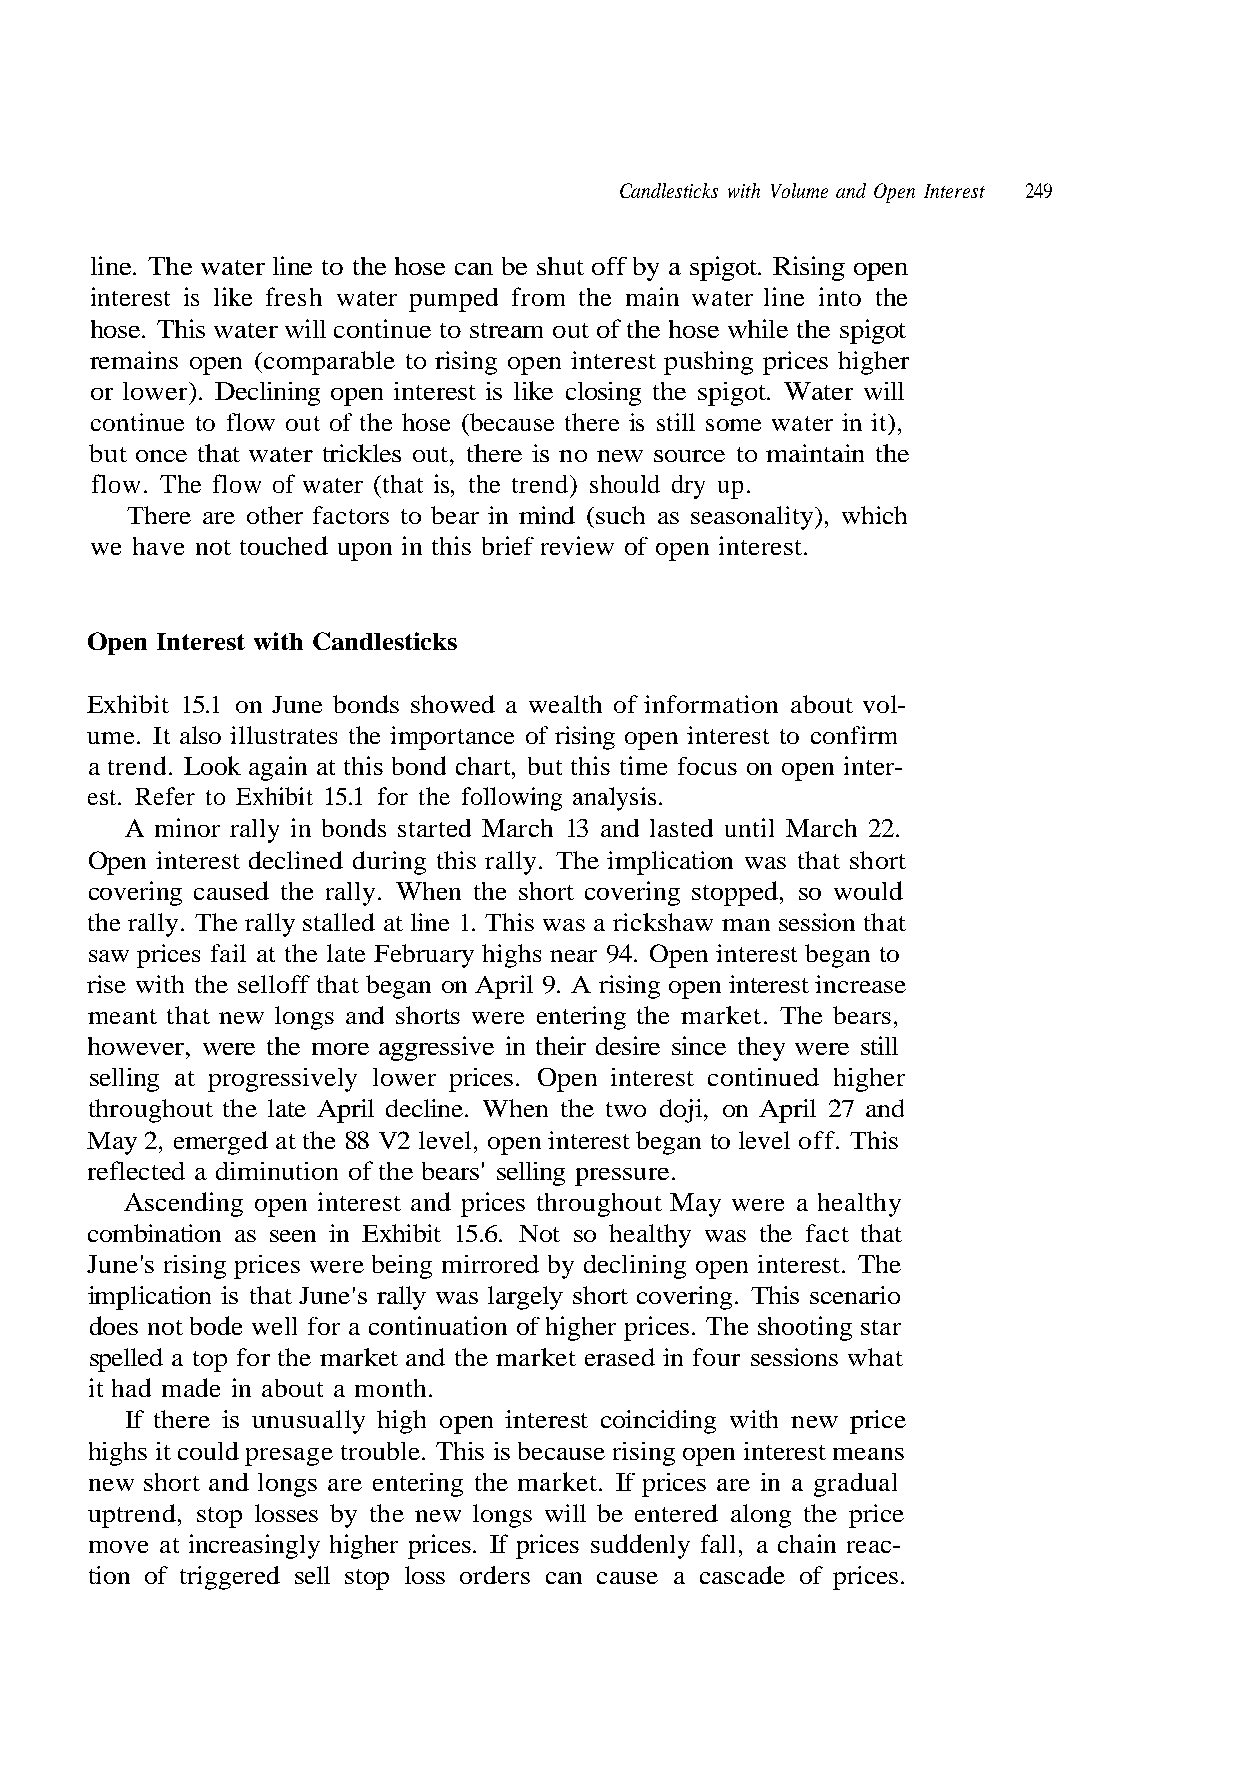
Candlesticks with Volume and Open Interest 249
 remains open (comparable to rising open interest pushing prices higher
 or lower). Declining open interest is like closing the spigot. Water will
 continue to flow out of the hose (because there is still some water in it),
 but once that water trickles out, there is no new source to maintain the
 Exhibit 15.1 on June bonds showed a wealth of information about vol-
 a trend. Look again at this bond chart, but this time focus on open inter-
 est. Refer to Exhibit 15.1 for the following analysis.
 A minor rally in bonds started March 13 and lasted until March 22.
 Open interest declined during this rally. The implication was that short
 the rally. The rally stalled at line 1. This was a rickshaw man session that
 saw prices fail at the late February highs near 94. Open interest began to
 rise with the selloff that began on April 9. A rising open interest increase
 meant that new longs and shorts were entering the market. The bears,
 throughout the late April decline. When the two doji, on April 27 and
 May 2, emerged at the 88 V2 level, open interest began to level off. This
 reflected a diminution of the bears' selling pressure.
 combination as seen in Exhibit 15.6. Not so healthy was the fact that
 implication is that June's rally was largely short covering. This scenario
 does not bode well for a continuation of higher prices. The shooting star
 If there is unusually high open interest coinciding with new price
 uptrend, stop losses by the new longs will be entered along the price
 tion of triggered sell stop loss orders can cause a cascade of prices.
 s n a e m
 t a h
 t s
 d
 w
 e
 l
 e
 u
 r
 h
 o
 s
 e
 t
 w
 on
 nt
 n
 to
 o
 si
 i
 pe
 in
 s
 es
 en
 ot. Rising o
 water line
 hich
 stopped,
 in four s
 rising op
 dual
 a spig
 main
 ty), w
 vering
 healthy
 rased
 ause
 n a gra
 ut off by
 om the
 s seasonali
 short co
 gher
 ay were a
 market e
 is is bec
 prices are i
 line. The water line to the hose can be sh
 interest is like fresh water pumped fr
 hose. This water will continue to stream out of the hose while the spigot
 flow. The flow of water (that is, the trend) should dry up.
 here are other factors to bear in mind (such a
 we have not touched upon in this brief review of open interest.
 Open Interest with Candlesticks
 ume. It also illustrates the importance of rising open interest to confirm
 covering caused the rally. When the
 however, were the more aggressive in their desire since they were still
 selling at progressively lower prices. Open interest continued hi
 scending open interest and prices throughout M
 June's rising prices were being mirrored by declining open interest. The
 spelled a top for the market and the
 it had made in about a month.
 highs it could presage trouble. Th
 new short and longs are entering the market. If
 move at increasingly higher prices. If prices suddenly fall, a chain reac-
 T
 A